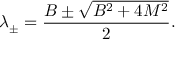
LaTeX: \lambda _ { \pm } = { \frac { B \pm { \sqrt { B ^ { 2 } + 4 M ^ { 2 } } } } { 2 } } { \mathrm { . } }